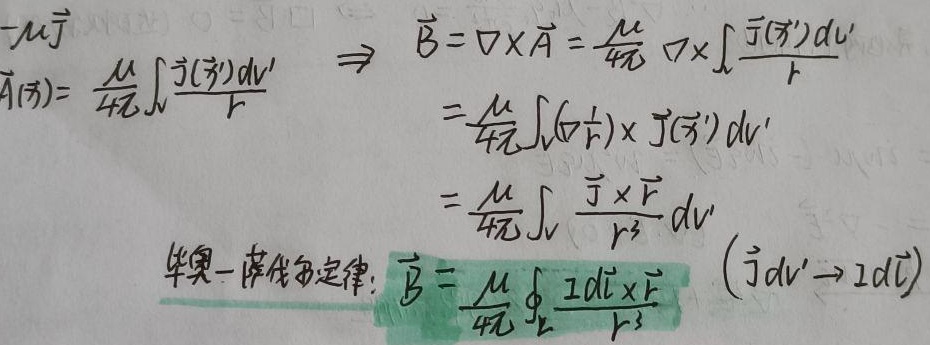
\[
\begin{align*}
\vec{A}(\vec{r})&=\frac{\mu}{4\pi}\int\frac{\vec{j}(\vec{r}')dV'}{r}\\
&\Rightarrow\vec{B}=\nabla\times\vec{A}=\frac{\mu}{4\pi}\nabla\times\int\frac{\vec{j}(\vec{r}')dV'}{r}\\
&=\frac{\mu}{4\pi}\int(\nabla\frac{1}{r})\times\vec{j}(\vec{r}')dV'\\
&=\frac{\mu}{4\pi}\int\frac{\vec{j}\times\vec{r}}{r^{3}}dV'
\end{align*}
\]
毕奥 - 萨伐尔定律: \(\vec{B}=\frac{\mu}{4\pi}\oint_{L}\frac{Id\vec{l}\times\vec{r}}{r^{3}}\quad(\vec{j}dV'\to Id\vec{l})\)